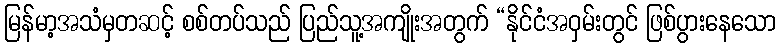
မြန်မာ့အသံမှတဆင့် စစ်တပ်သည် ပြည်သူ့အကျိုးအတွက် “နိုင်ငံအဝှမ်းတွင် ဖြစ်ပွားနေသော